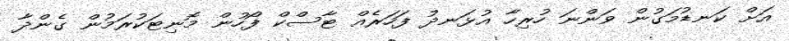
އަށް ކަނޑުމަގުން ވަންނަ ހުރިހާ އުޅަނދު ފަހަރެއް ޓާސްކް ފޯހުން މޮނިޓަކުރަމުން ގެންދާ